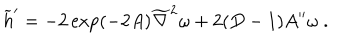
{ \widetilde h } ^ { \prime } = - 2 \exp ( - 2 A ) { \widetilde \nabla } ^ { 2 } \omega + 2 ( D - 1 ) A ^ { \prime \prime } \omega ~ .